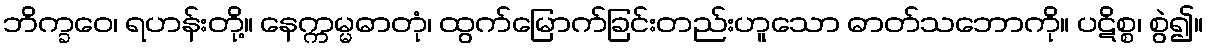
ဘိက္ခဝေ၊ ရဟန်းတို့။ နေက္ကမ္မဓာတုံ၊ ထွက်မြောက်ခြင်းတည်းဟူသော ဓာတ်သဘောကို။ ပဋိစ္စ၊ စွဲ၍။